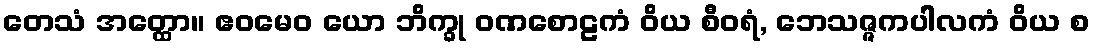
တေသံ အတ္ထော။ ဧဝမေဝ ယော ဘိက္ခု ဝဏစောဠကံ ဝိယ စီဝရံ, ဘေသဇ္ဇကပါလကံ ဝိယ စ